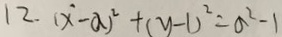
1 2 . ( x ^ { 2 } - a ) ^ { 2 } + ( y - 1 ) ^ { 2 } = a ^ { 2 } - 1